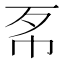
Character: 𢁳